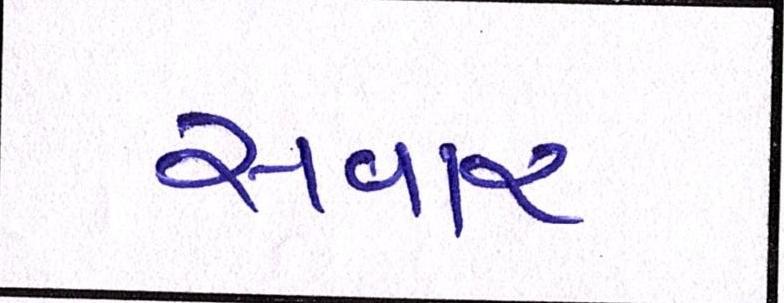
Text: સવાર